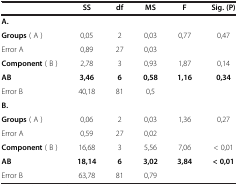
<table><thead><tr><td><b> </b></td><td><b>SS</b></td><td><b>df</b></td><td><b>MS</b></td><td><b>F</b></td><td><b>Sig. (P)</b></td></tr></thead><tbody><tr><td colspan="6"><b>A.</b></td></tr><tr><td><b>Groups</b> ( A )</td><td>0,05</td><td>2</td><td>0,03</td><td>0,77</td><td>0,47</td></tr><tr><td>Error A</td><td>0,89</td><td>27</td><td>0,03</td><td> </td><td> </td></tr><tr><td><b>Component</b> ( B )</td><td>2,78</td><td>3</td><td>0,93</td><td>1,87</td><td>0,14</td></tr><tr><td><b>AB</b></td><td><b>3,46</b></td><td><b>6</b></td><td><b>0,58</b></td><td><b>1,16</b></td><td><b>0,34</b></td></tr><tr><td>Error B</td><td>40,18</td><td>81</td><td>0,5</td><td> </td><td> </td></tr><tr><td colspan="6"><b>B.</b></td></tr><tr><td><b>Groups</b> ( A )</td><td>0,06</td><td>2</td><td>0,03</td><td>1,36</td><td>0,27</td></tr><tr><td>Error A</td><td>0,59</td><td>27</td><td>0,02</td><td> </td><td> </td></tr><tr><td><b>Component</b> ( B )</td><td>16,68</td><td>3</td><td>5,56</td><td>7,06</td><td>&lt; 0,01</td></tr><tr><td><b>AB</b></td><td><b>18,14</b></td><td><b>6</b></td><td><b>3,02</b></td><td><b>3,84</b></td><td><b>&lt; 0,01</b></td></tr><tr><td>Error B</td><td>63,78</td><td>81</td><td>0,79</td><td> </td><td> </td></tr></tbody></table>